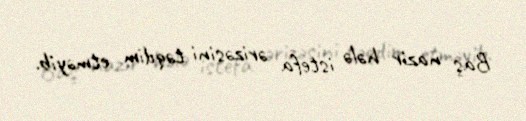
Baş nazir hələ istefa ərizəsini təqdim etməyib.